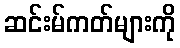
ဆင်းမ်ကတ်များကို